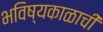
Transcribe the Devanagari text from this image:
भविष्यकाळाची